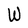
Character: W